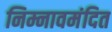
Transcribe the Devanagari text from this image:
निम्नावमंदित